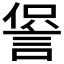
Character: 𧨍